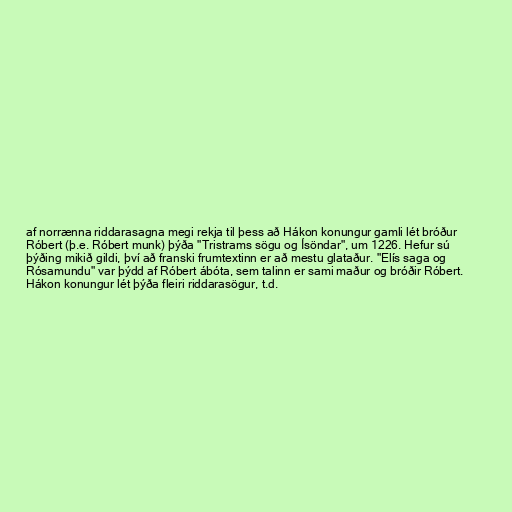
af norrænna riddarasagna megi rekja til þess að Hákon konungur gamli lét bróður
Róbert (þ.e. Róbert munk) þýða "Tristrams sögu og Ísöndar", um 1226. Hefur sú
þýðing mikið gildi, því að franski frumtextinn er að mestu glataður. "Elís saga og
Rósamundu" var þýdd af Róbert ábóta, sem talinn er sami maður og bróðir Róbert.
Hákon konungur lét þýða fleiri riddarasögur, t.d.